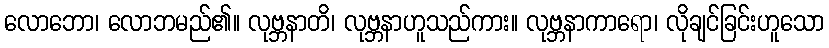
လောဘော၊ လောဘမည်၏။ လုဗ္ဘနာတိ၊ လုဗ္ဘနာဟူသည်ကား။ လုဗ္ဘနာကာရော၊ လိုချင်ခြင်းဟူသော